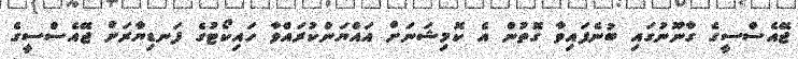
ޖޭއެސްސީގެ ގާނޫނުގައި ބުނެފައިވާ ގޮތުން އެ ކޮމިޝަނަށް އައްޔަންކުރައްވާ ހައިކޯޓުގެ ފަނޑިޔާރަށް ޖޭއެސްސީގެ